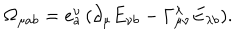
\Omega _ { \mu a b } = e _ { a } ^ { \nu } \, ( \partial _ { \mu } E _ { \nu b } - \Gamma _ { \mu \nu } ^ { \lambda } E _ { \lambda b } ) .